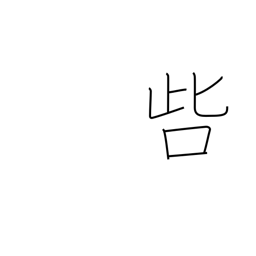
Meaning: censure